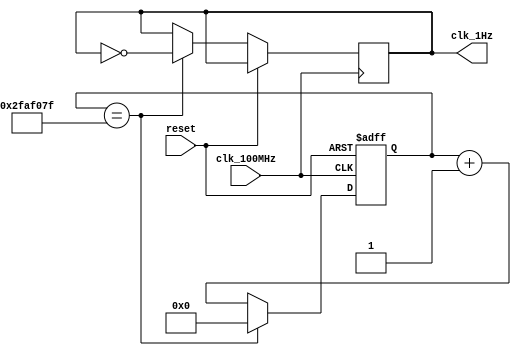
// This program was cloned from: https://github.com/FPGADude/Digital-Design
// License: GNU General Public License v3.0

`timescale 1ns / 1ps

module oneHz_gen(
    input clk_100MHz,
    input reset,
    output clk_1Hz
    );
    
    reg [25:0] r_counter = 0;
    reg clk_out = 0;
    
    always @(posedge clk_100MHz or posedge reset)
        if(reset)
            r_counter <= 26'b0;
        else 
            if(r_counter == 49_999_999) begin
                r_counter <= 26'b0;
                clk_out <= ~clk_out;
            end
            else
                r_counter <= r_counter + 1;
    
    assign clk_1Hz = clk_out;
    
endmodule